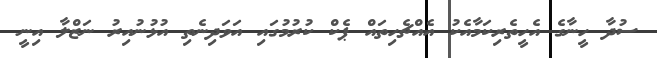
ސުދާ ހީނާގެ އެހީތެރިކަމާއެކު އެއްޗެހިތައް ޕެކް ކުރުމުގައި އަވަދިނެތި އުޅުނުއިރު ނަޒްލާ އިނީ